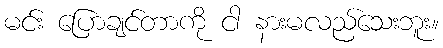
မင်း ပြောချင်တာကို ငါ နားမလည်သေးဘူး။